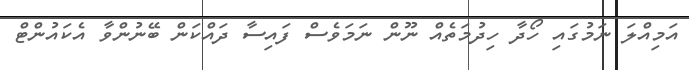
އަމިއްލަ ނަމުގައި ހޯދާ ހިދުމަތެއް ނޫން ނަމަވެސް ފައިސާ ދައްކަން ބޭނުންވާ އެކައުންޓް